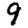
Digit: 9